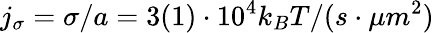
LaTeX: j_{\sigma}=\sigma/a=3(1)\cdot 10^{4}k_{B}T/(s\cdot\mu m^{2})